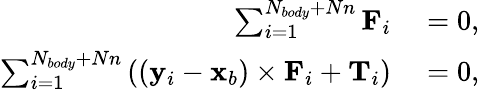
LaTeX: \begin{array}{rl}{\sum_{i=1}^{N_{body}+Nn}\mathbf{F}_{i}}&{{}=0,}\\ {\sum_{i=1}^{N_{body}+Nn}\left((\mathbf{y}_{i}-\mathbf{x}_{b})\times\mathbf{F}_{i}+\mathbf{T}_{i}\right)}&{{}=0,}\end{array}